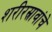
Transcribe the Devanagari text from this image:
शरीरस्रावांचे